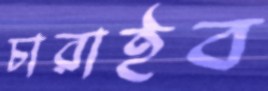
চারাইব